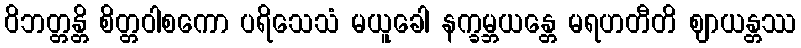
ဝိဘတ္တန္တိ စိတ္တဝါစကော ပရိသေသံ မယူခေါ နက္ခမ္ဘယန္တေ မရဟတီတိ ဈာယန္တဿ